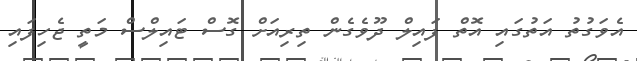
އެވަގުތު އަތުގައި އޮތް ފައިލް ދޫވެގެން ތިރިއަށް ގޮސް ޓައިލްސް މަތީ ޖެހިފައި